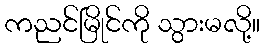
ကညင်မြိုင်ကို သွားမလို့။